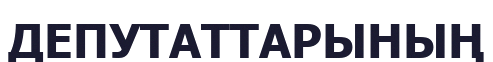
ДЕПУТАТТАРЫНЫҢ